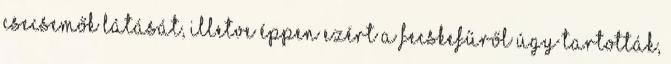
csecsemők látását, illetve éppen ezért a fecskefűről úgy tartották,